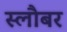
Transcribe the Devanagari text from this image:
स्लौबर